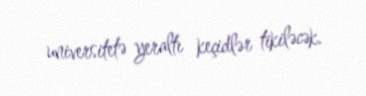
universitetə yeraltı keçidlər tikiləcək.